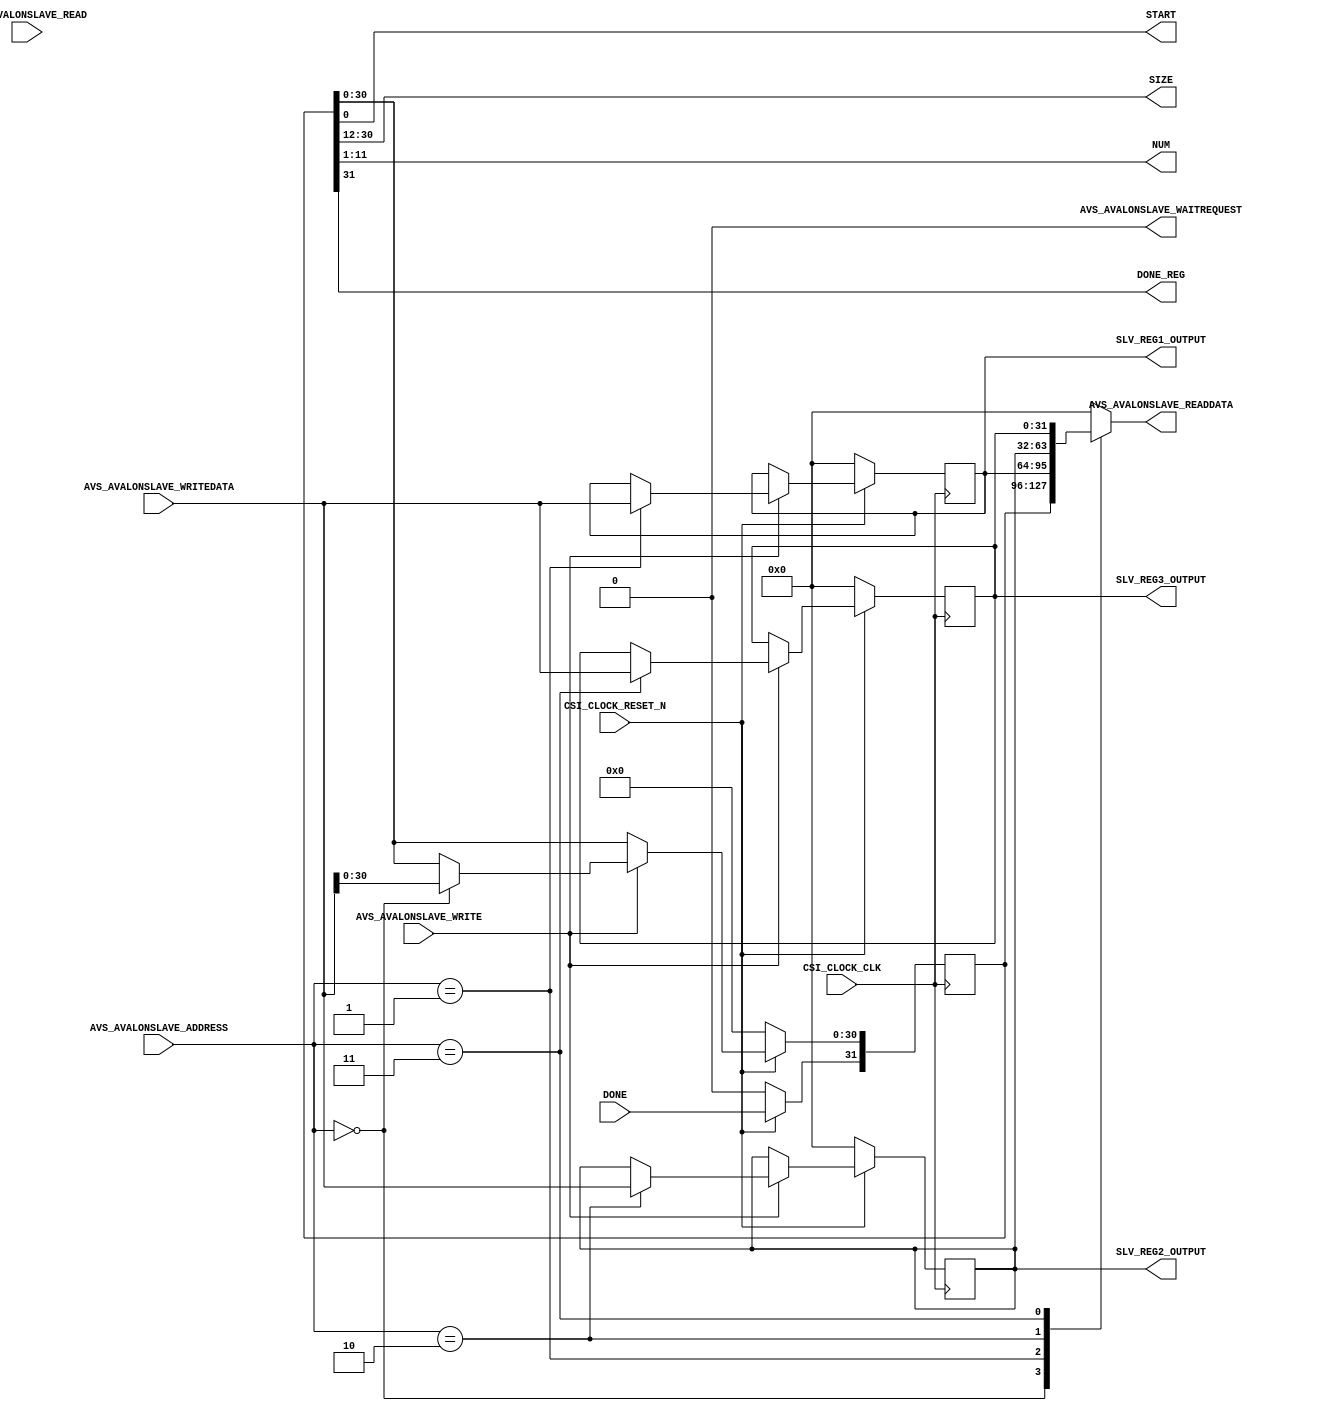
module AVS_AVALONSLAVE #
(
  // you can add parameters here
  // you can change these parameters
  parameter integer AVS_AVALONSLAVE_DATA_WIDTH = 32,
  parameter integer AVS_AVALONSLAVE_ADDRESS_WIDTH = 4
)
(
  // user ports begin
  output wire START, //GO
  input wire DONE, 
  // me
  output [18:0] SIZE,
  output [10:0] NUM,
  output DONE_REG,

  output [AVS_AVALONSLAVE_DATA_WIDTH - 1:0] SLV_REG1_OUTPUT,
  output [AVS_AVALONSLAVE_DATA_WIDTH - 1:0] SLV_REG2_OUTPUT,
  output [AVS_AVALONSLAVE_DATA_WIDTH - 1:0] SLV_REG3_OUTPUT,

  // user ports end
  // dont change these ports
  input wire CSI_CLOCK_CLK,
  input wire CSI_CLOCK_RESET_N,
  input wire [AVS_AVALONSLAVE_ADDRESS_WIDTH - 1:0] AVS_AVALONSLAVE_ADDRESS, //from CPU
  output wire AVS_AVALONSLAVE_WAITREQUEST,
  input wire AVS_AVALONSLAVE_READ, //from CPU
  input wire AVS_AVALONSLAVE_WRITE, //from CPU
  output wire [AVS_AVALONSLAVE_DATA_WIDTH - 1:0] AVS_AVALONSLAVE_READDATA, //to CPU by ACCS
  input wire [AVS_AVALONSLAVE_DATA_WIDTH - 1:0] AVS_AVALONSLAVE_WRITEDATA  //from CPU to ACCS
);

  // output wires and registers
  // you can change name and type of these ports
  wire start, done_reg;
  wire [18:0] size;
  wire [10:0] num;

  reg wait_request=1'b0;
  reg [AVS_AVALONSLAVE_DATA_WIDTH - 1:0] read_data;
  // these are slave registers. they MUST be here!
  reg [AVS_AVALONSLAVE_DATA_WIDTH - 1:0] slv_reg0;
  reg [AVS_AVALONSLAVE_DATA_WIDTH - 1:0] slv_reg1;
  reg [AVS_AVALONSLAVE_DATA_WIDTH - 1:0] slv_reg2;
  reg [AVS_AVALONSLAVE_DATA_WIDTH - 1:0] slv_reg3;

  // I/O assignment
  // never directly send values to output
  assign START = start;
  assign SIZE = size;
  assign NUM = num;
  assign DONE_REG = done_reg;

  assign AVS_AVALONSLAVE_WAITREQUEST = wait_request;
  assign AVS_AVALONSLAVE_READDATA = read_data;
  assign SLV_REG1_OUTPUT = slv_reg1;
  assign SLV_REG2_OUTPUT = slv_reg2;
  assign SLV_REG3_OUTPUT = slv_reg3;

  // it is an example and you can change it or delete it completely
  always @(posedge CSI_CLOCK_CLK)
  begin
    // usually resets are active low but you can change its trigger type
    if(CSI_CLOCK_RESET_N == 0)
    begin
      slv_reg0 <= 0;
      slv_reg1 <= 0;
      slv_reg2 <= 0;
      slv_reg3 <= 0;
    end
    else begin
      slv_reg0[31] <= DONE;
      if(AVS_AVALONSLAVE_WRITE) begin
      case(AVS_AVALONSLAVE_ADDRESS) 
      0: slv_reg0[30:0] <= AVS_AVALONSLAVE_WRITEDATA[30:0];
      1: slv_reg1 <= AVS_AVALONSLAVE_WRITEDATA;
      2: slv_reg2 <= AVS_AVALONSLAVE_WRITEDATA;
      3: slv_reg3 <= AVS_AVALONSLAVE_WRITEDATA;
      default:
      begin
        slv_reg0[30:0] <= slv_reg0[30:0];
        slv_reg1 <= slv_reg1;
        slv_reg2 <= slv_reg2;
        slv_reg3 <= slv_reg3;
      end
      endcase
      end
    end
  end
  always @(*) begin
    case(AVS_AVALONSLAVE_ADDRESS)
      0:  read_data = slv_reg0;
      1:  read_data = slv_reg1;
      2:  read_data = slv_reg2;
      3:  read_data = slv_reg3;
      default :  read_data = {AVS_AVALONSLAVE_DATA_WIDTH{1'b0}};
    endcase
  end

  // do the other jobs yourself like last codes
  assign start = slv_reg0[0];
  assign done_reg = slv_reg0[31];
  assign size = slv_reg0[30:12];
  assign num = slv_reg0[11:1];

endmodule